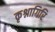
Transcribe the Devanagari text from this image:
कृश्नागिरि